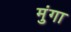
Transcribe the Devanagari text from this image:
मुंगा